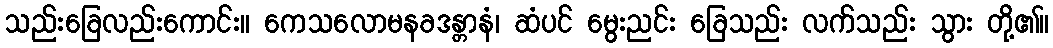
သည်းခြေလည်းကောင်း။ ကေသလောမနခဒန္တာနံ၊ ဆံပင် မွေးညင်း ခြေသည်း လက်သည်း သွား တို့၏။